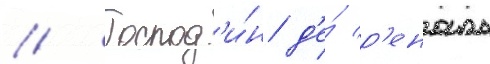
// Господ'и́н д'е́ р'еналь